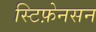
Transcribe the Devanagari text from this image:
स्टिफ़ेनसन